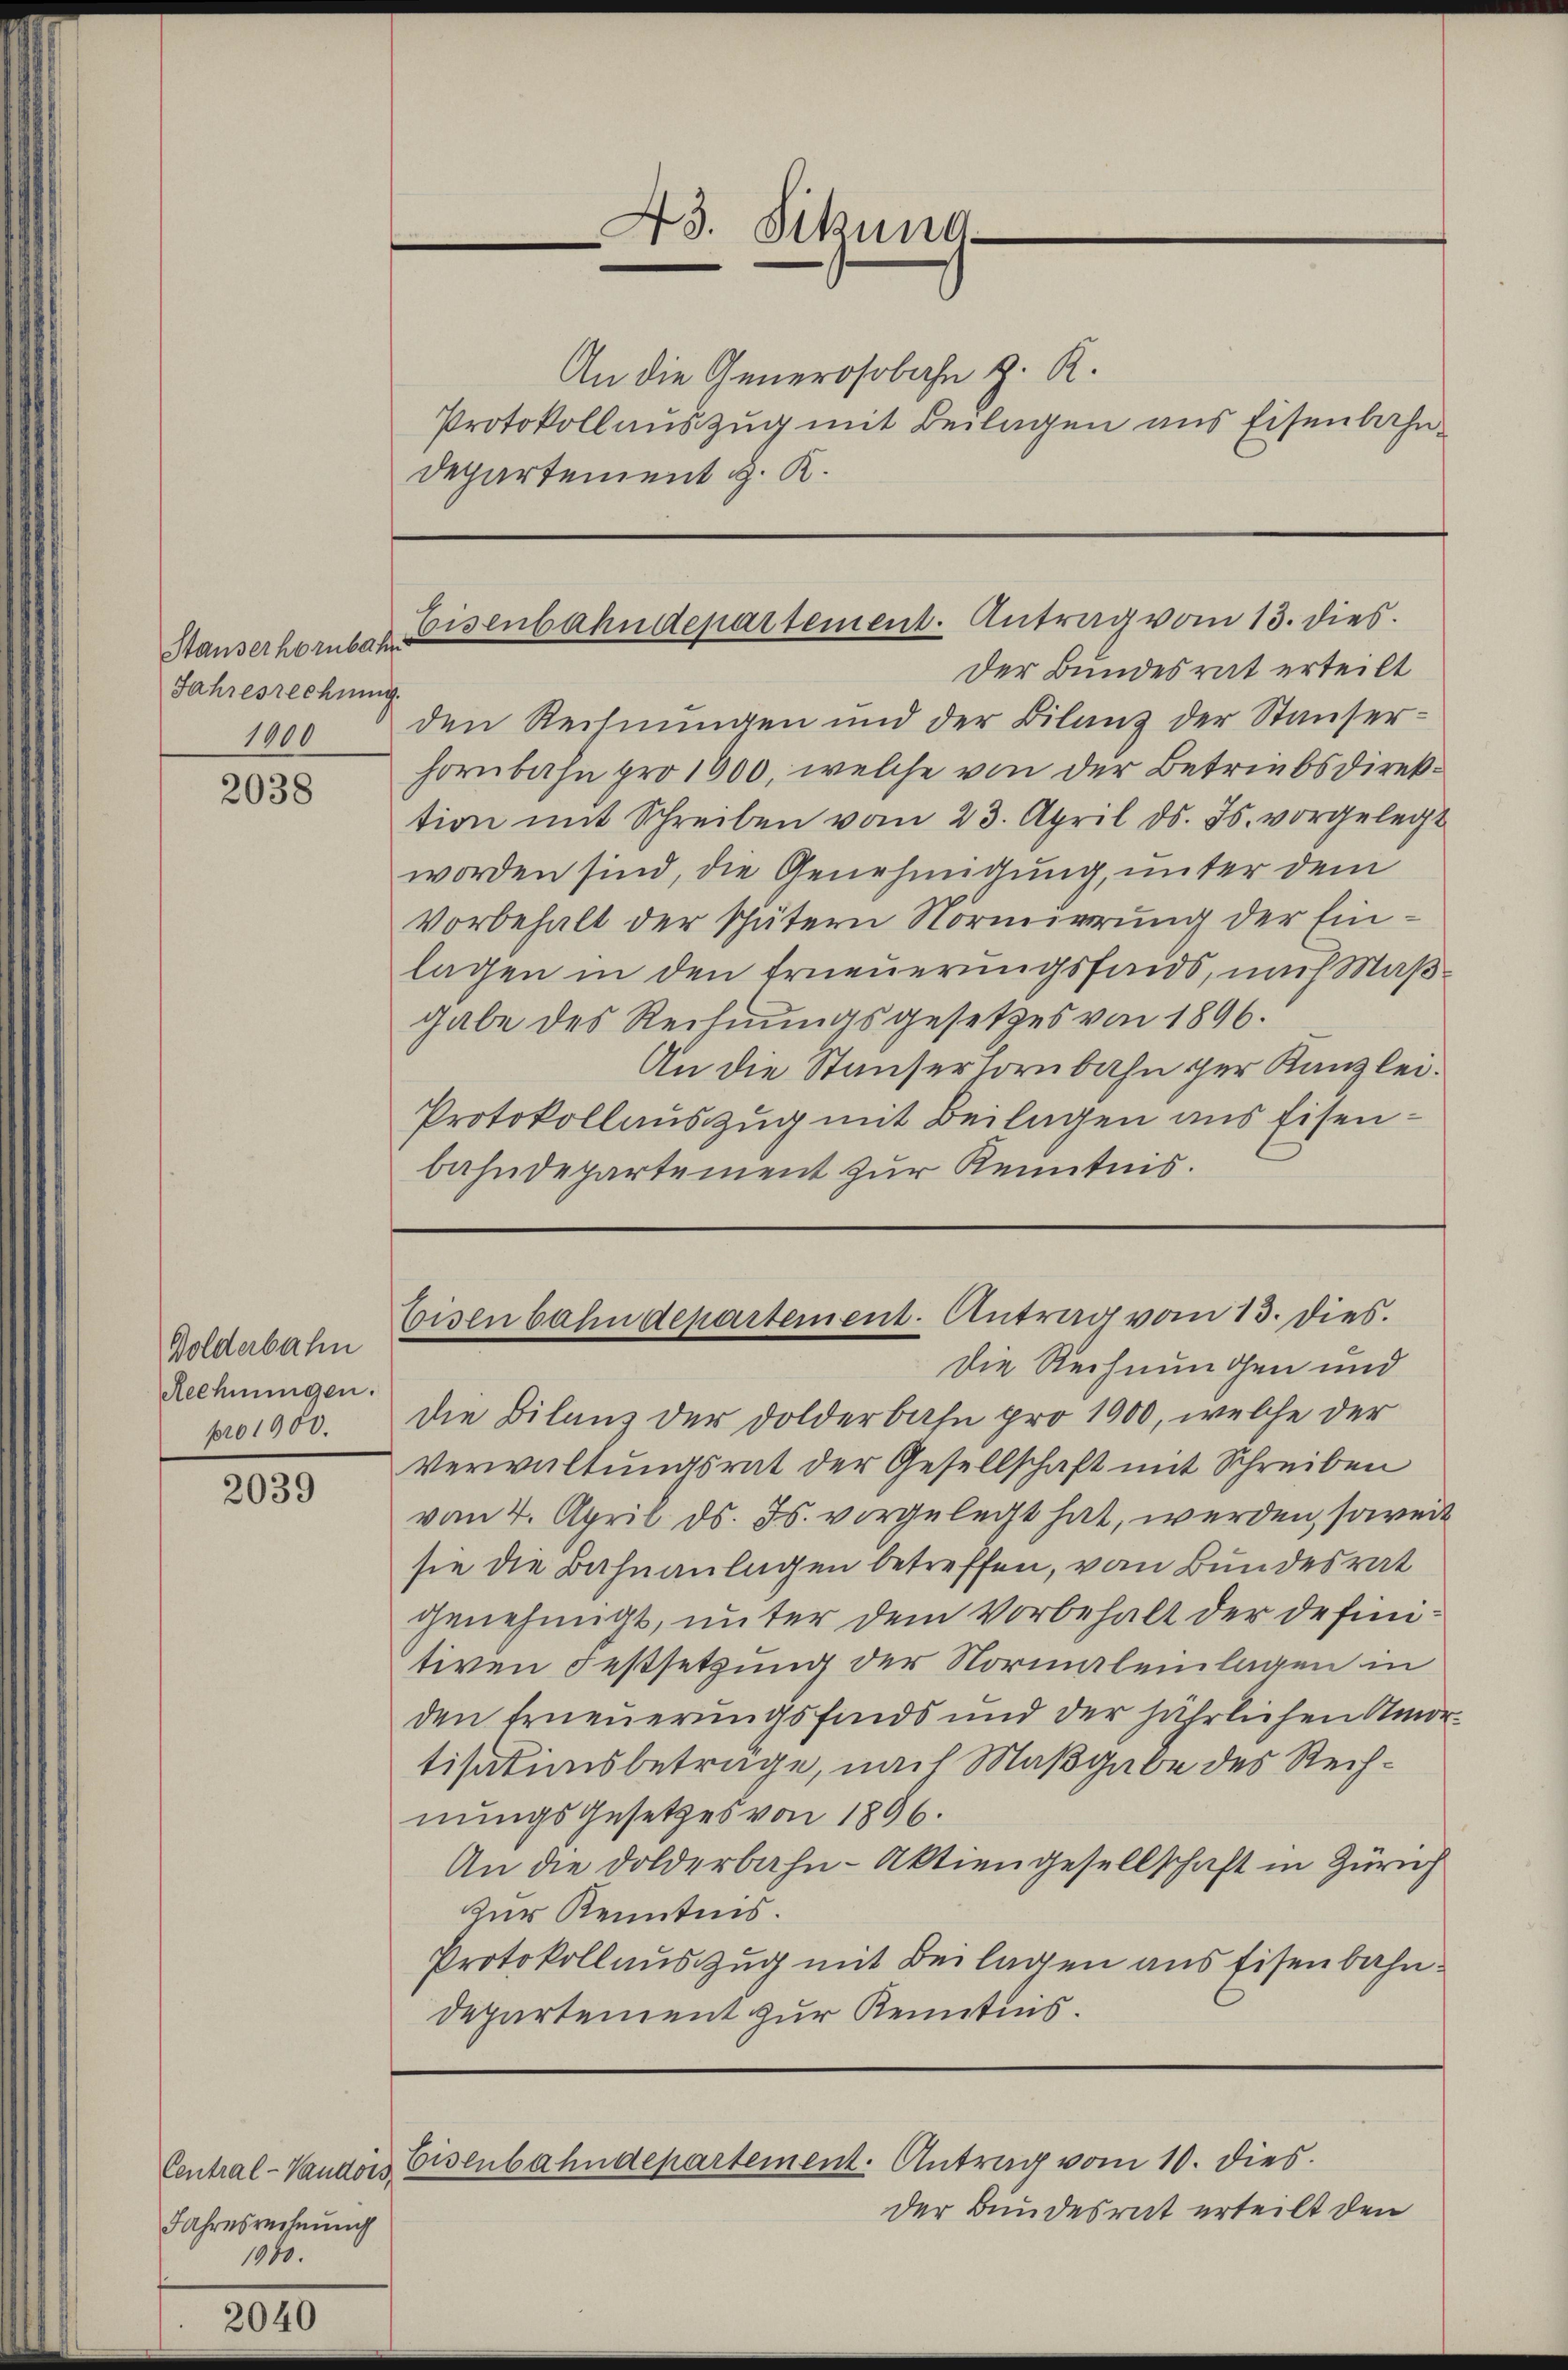
Jahresrechnung.

2038

Dolderbahn
Rechnungen.
pro 1900.

2039

Central-Vaudois,
Jahresrechnung
1940.

2040

A3. Sitzung

Standerhorube Eisenbahndepartement. Antrag vom 13. dies

An die Generosobahn z. R.
Protokoll auszug mit Beilagen ans Eisenbahn-
Departement H. K.

Der Bundesrat erteilt
1900 den Rechnungen und der Bilanz der Stauser-
hornbahn pro 1800, welche von der Betriebsdirektion mit Schreiben vom 23. April d. Js. vorgelegt
worden sind, die Genehmigung, unter dem
Vorbehalt der spätern Normierung der Einlagen in den Erneuerungsfonds, nach Maßgabe des Rechnungsgesetzes von 1896.
An die Stauferlornbahn der Kanzlei.
Protokollauszug mit Beilagen aus Eisenbahndepartement zur Kenntnis.

Eisenbahndepartement. Antrag vom 13. dies.

Die Rechnungen und
die Bilanz der Dolderbahn pro 1900, welche der
Verwaltungsrat der Gesellschaft mit Schreiben
vom 4. April d. Js. vorgelegt hat, werden, soweit
sie die Bahnanlagen betreffen, von Bundesrat
genehmigt, unter dem Vorbehalt der definitiven Festsetzung der Normaleinlagen in
den Erneuerungsfinds und der jährlichen Amortisationsbeträge, nach Maßgabe des Rechnungsgesetzes von 1896.
An die Dolderbahn-Aktiengesellschaft in Zürich
zur Kenntnis.
Protokollauszug mit Beilagen aus Eisenbahndepartement zur Kenntnis.

Eisenbahndepartement. Antrag vom 10. dies

der Bundesrat erteilt den